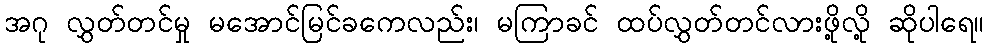
အဂု လွှတ်တင်မှု မအောင်မြင်ခကေလည်း၊ မကြာခင် ထပ်လွှတ်တင်လားဖို့လို့ ဆိုပါရေ။